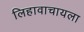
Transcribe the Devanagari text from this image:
लिहावाचायला